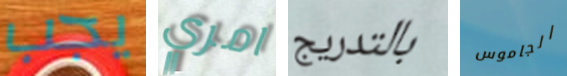
يجب امري بالتدريج الجاموس